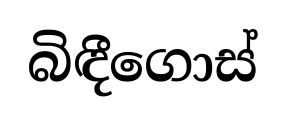
බිඳීගොස්